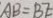
A B = B E